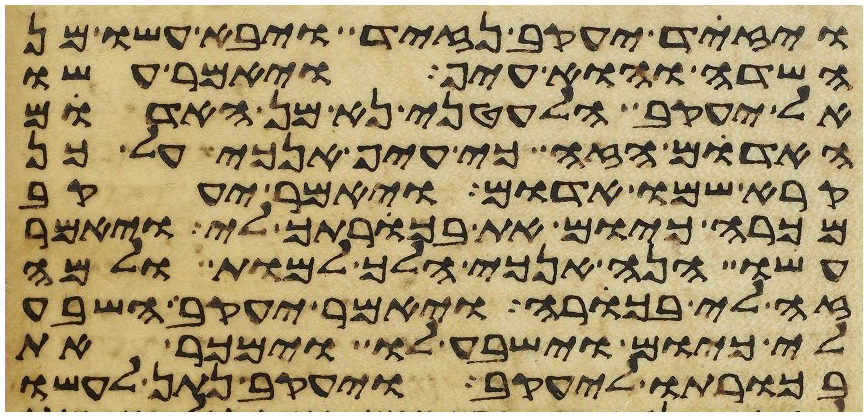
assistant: ויזד יעקב נזיד ויבא עשו מן
השדה והוא עיף ויאמר עשו
אל יעקב הלעטני נא מן האדום
האדם הזה כי עיף אנכי על כן
קרא שמו אדום ויאמר יעקב
מכרה כיום את בכרתך לי ויאמר
עשו הנה אנכי הלך למות ולמה
זה לי בכורה ויאמר יעקב השבע
לי כיום וישבע לו וימכר את
בכורתו ליעקב ויעקב נתן לעשו